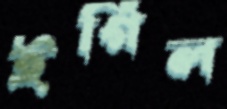
ইগিল